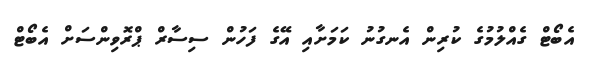
އެބޯޓް ގެއްލުމުގެ ކުރިން އެނގުނު ކަމަށާއި އޭގެ ފަހުން ސިސާރް ޕްރޮވިންސަށް އެބޯޓް